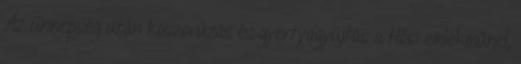
Az ünnepség után koszorúzás és gyertyagyújtás a Hősi emlékműnél,